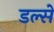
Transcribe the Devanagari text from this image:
डल्से